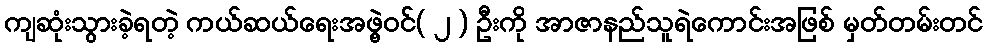
ကျဆုံးသွားခဲ့ရတဲ့ ကယ်ဆယ်ရေးအဖွဲ့ဝင််( ၂ ) ဦးကို အာဇာနည်သူရဲကောင်းအဖြစ် မှတ်တမ်းတင်